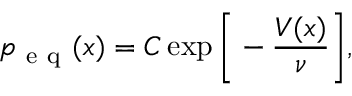
p _ { \mathrm { ~ e ~ q ~ } } ( x ) = C \exp \bigg [ - \frac { V ( x ) } { \nu } \bigg ] ,